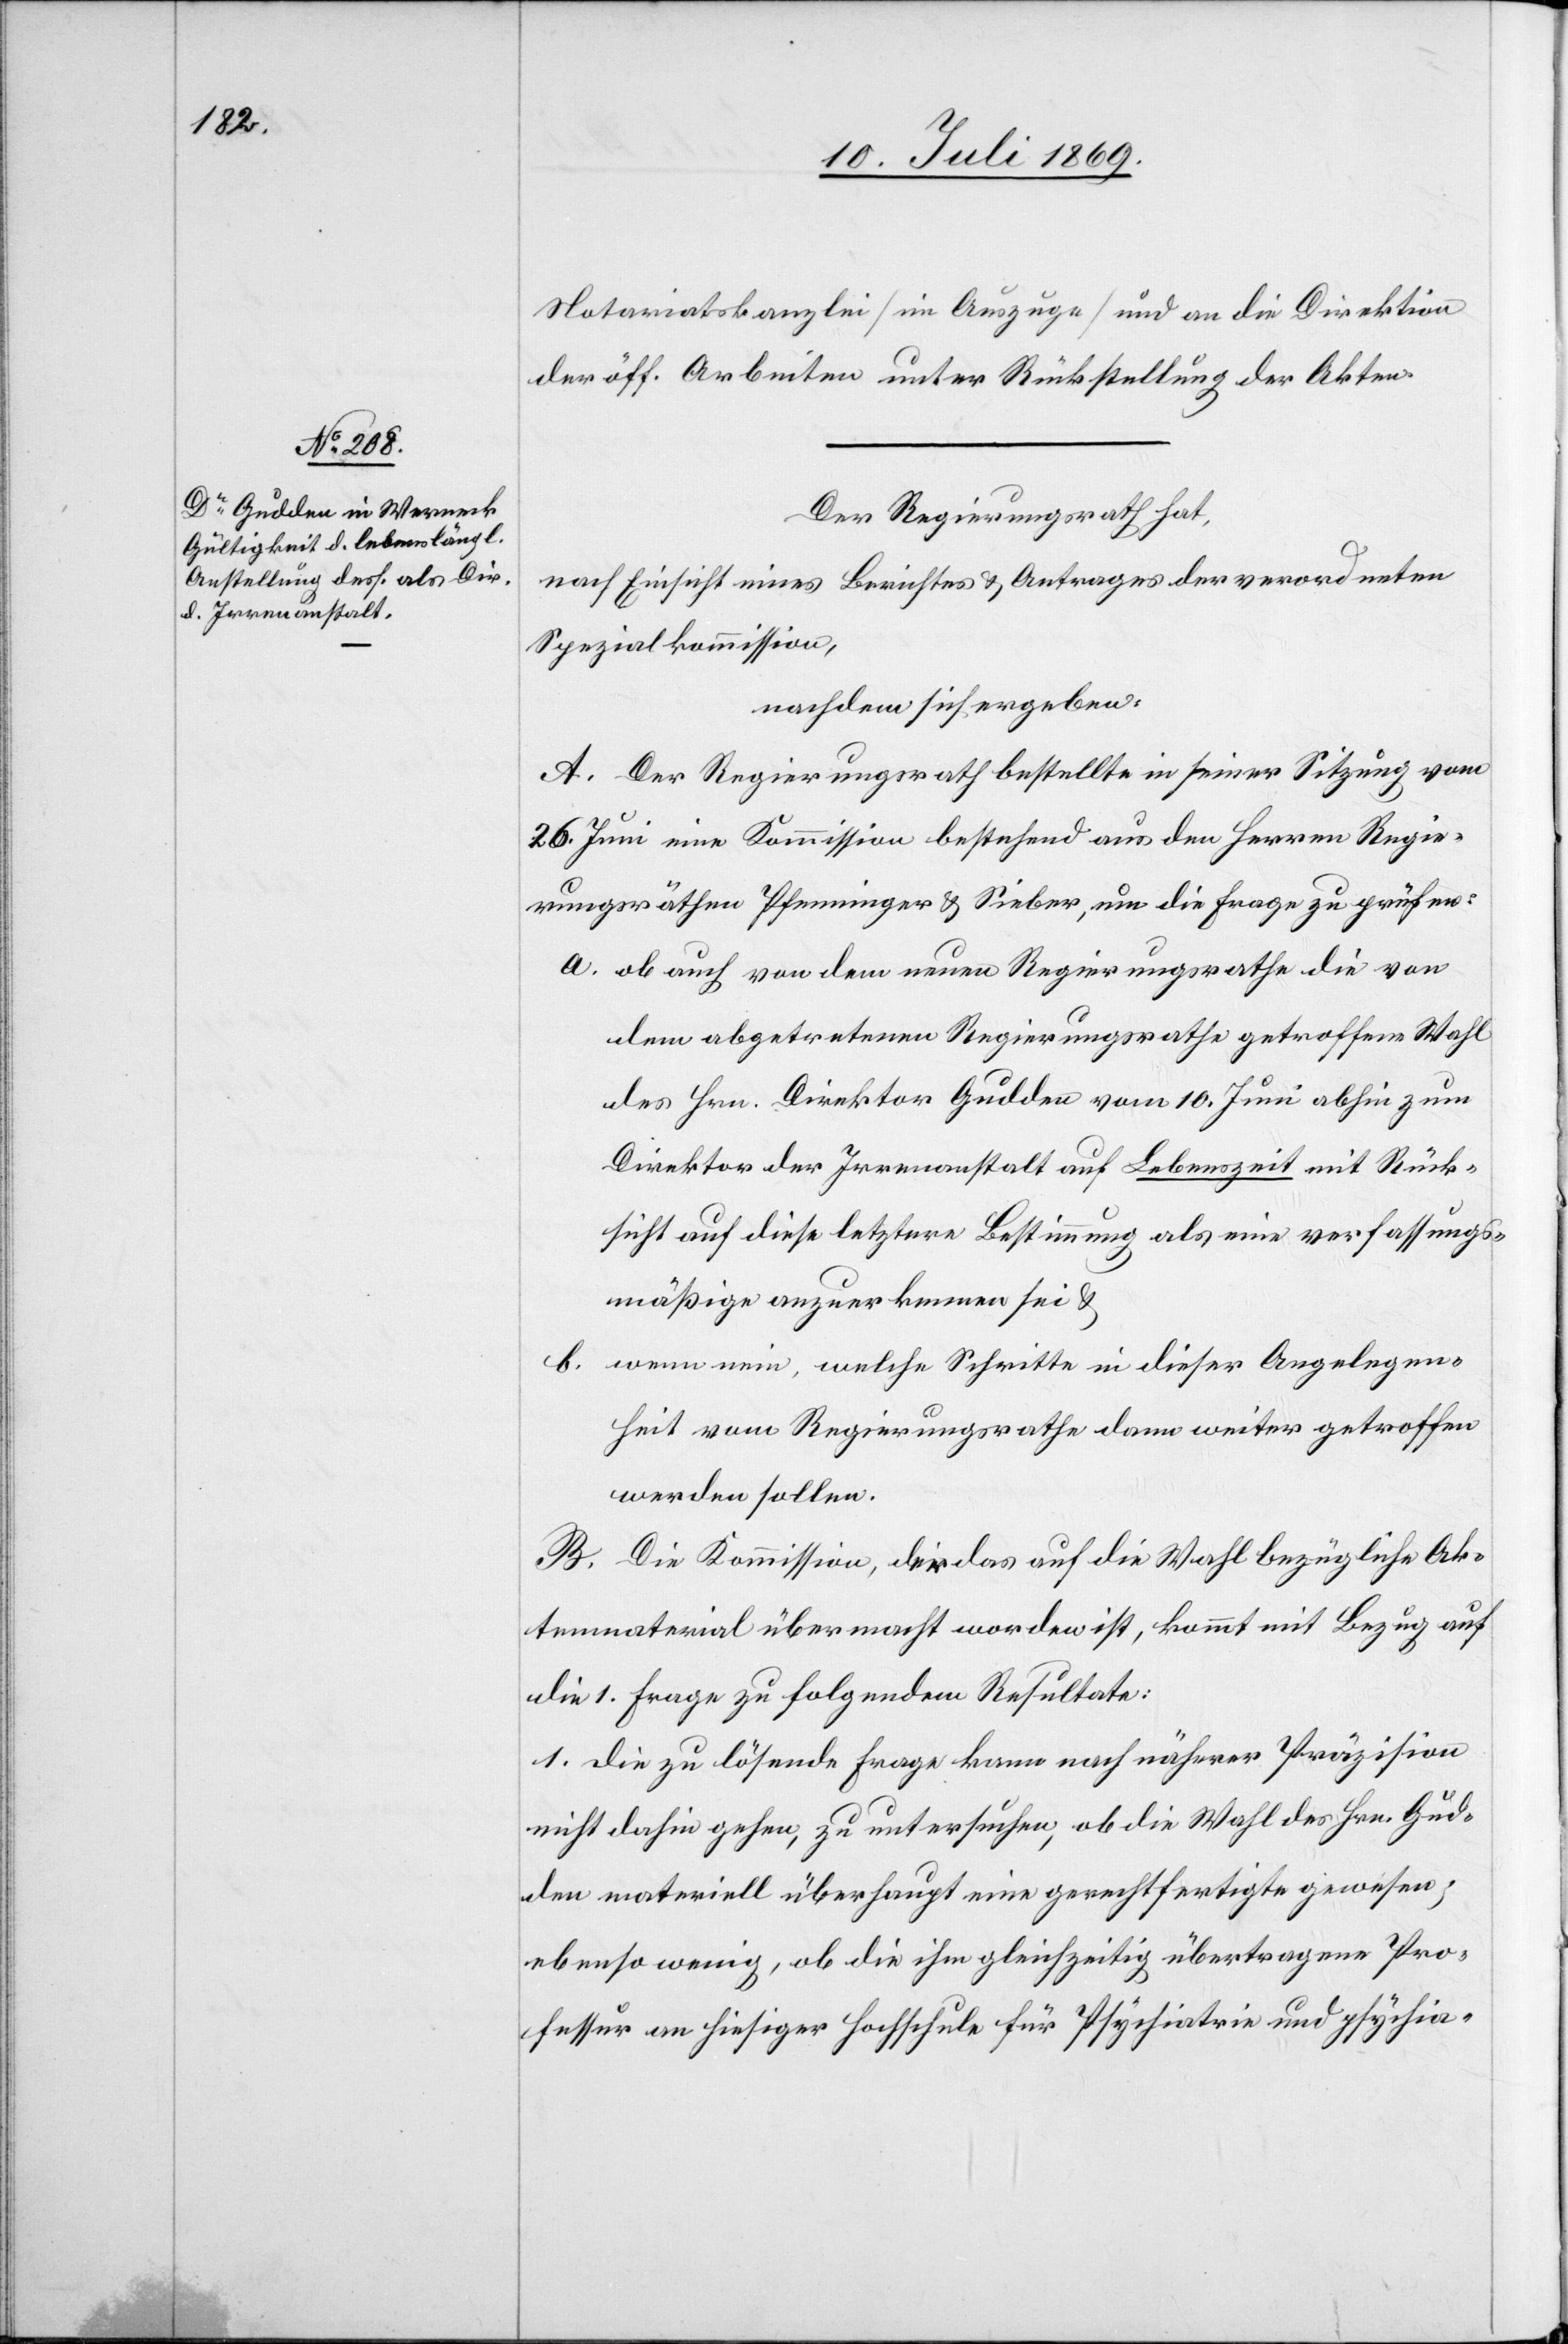
Notariatskanzlei [im Auszuge] und an die Direktion
der öff. Arbeiten unter Rückstellung der Akten.
Der Regierungsrath hat,
nach Einsicht eines Berichtes u. Antrages der verordneten
Spezialkommission,
nachdem sich ergeben:
A. Der Regierungsrath bestellte in seiner Sitzung vom
26 Juni eine Kommission bestehend aus den Herren Regie¬
rungsräthen Pfenninger u. Sieber, um die Frage zu prüfen:
a. ob auch von dem neuen Regierungsrathe die von
dem abgetretenen Regierungsrathe getroffene Wahl
des Hrn. Direktor Gudden vom 10 Juni abhin zum
Direktor der Irrenanstalt auf Lebenszeit mit Rück¬
sicht auf diese letztere Bestimmung als eine verfassungs¬
mäßige anzuerkennen sei u.
b. wenn eine, welche Schritte in dieser Angelegen¬
heit vom Regierungsrathe dann weiter getroffen
werden sollen.
B. Die Kommission, die das auf die Wahl bezügliche Ak¬
tenmaterial übermacht worden ist, kommt mit Bezug auf
die 1 Frage zu folgendem Resultate:
1. die zu lösende Frage kann nach näherer Präzision
nicht dahin gehen, zu untersuchen, ob die Wahl des Hrn. Gud¬
den materiell überhaupt eine gerechtfertigte gewesen;
ebenso wenig, ob die ihm gleichzeitig übertragene Pro¬
fessur an hiesiger Hochschule für Psychiatrie und psychia-